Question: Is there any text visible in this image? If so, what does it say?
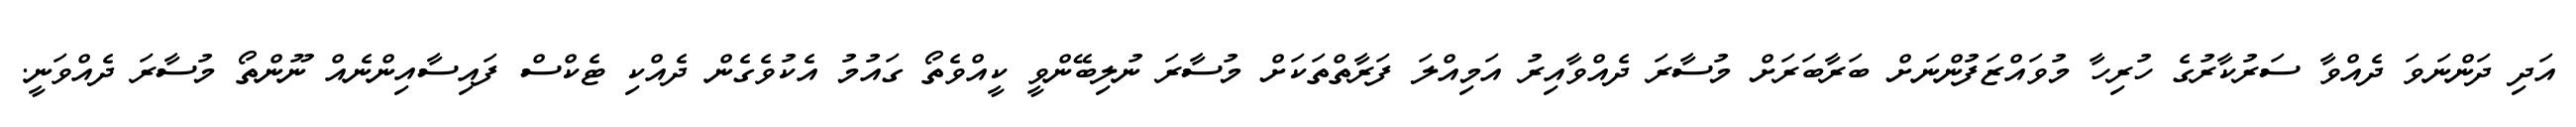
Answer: އަދި ދަންނަވަ ދެއްވާ ސަރުކާރުގެ ހުރިހާ މުވައްޒަފުންނަށް ބަރާބަރަށް މުސާރަ ދެއްވާއިރު އަމިއްލަ ފަރާތްތަކަށް މުސާރަ ނުލިބޭންވީ ކީއްވެތޯ ގައުމު އެކުވެގެން ދެއްކި ޓެކްސް ފައިސާއިންނެއް ނޫންތޯ މުސާރަ ދެއްވަނީ.